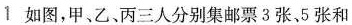
如图，甲、乙、丙三人分别集邮票3张，5张和